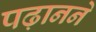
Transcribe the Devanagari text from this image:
पढ़ानने